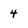
Character: 4